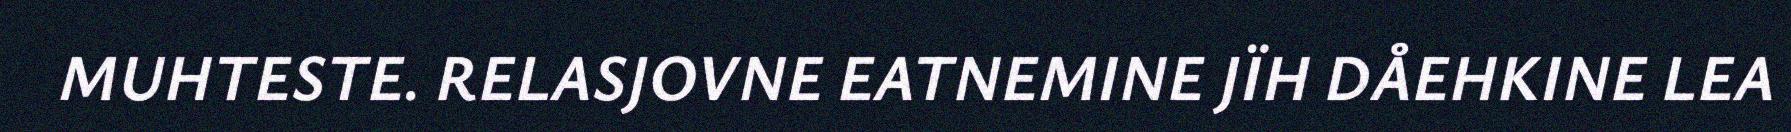
MUHTESTE. RELASJOVNE EATNEMINE JÏH DÅEHKINE LEA